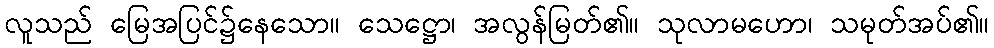
လူသည် မြေအပြင်၌နေသော။ သေဋ္ဌော၊ အလွန်မြတ်၏။ သုလာမဟော၊ သမုတ်အပ်၏။